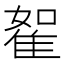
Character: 𨾵